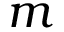
m